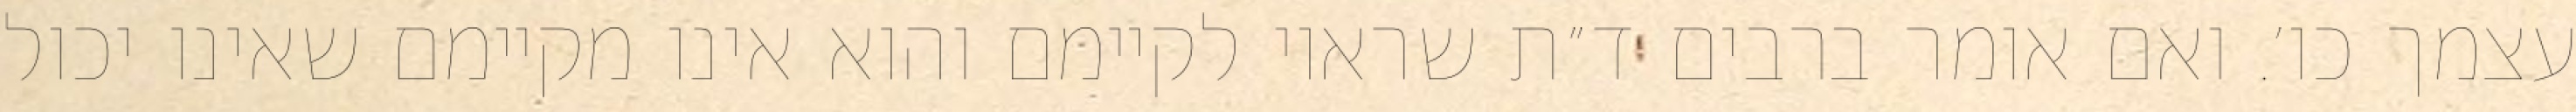
עצמך כו׳. ואם אומר ברבים ד״ת שראוי לקיימם והוא אינו מקיימם שאינו יכול